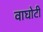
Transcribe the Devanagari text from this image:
वाघोटी